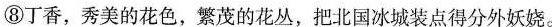
⑧丁香，秀美的花色，繁茂的花丛，把北国冰城装点得分外妖娆。